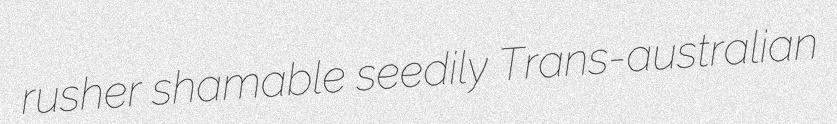
rusher shamable seedily Trans-australian